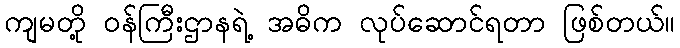
ကျမတို့ ဝန်ကြီးဌာနရဲ့ အဓိက လုပ်ဆောင်ရတာ ဖြစ်တယ်။